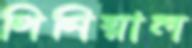
পিনিয়াল